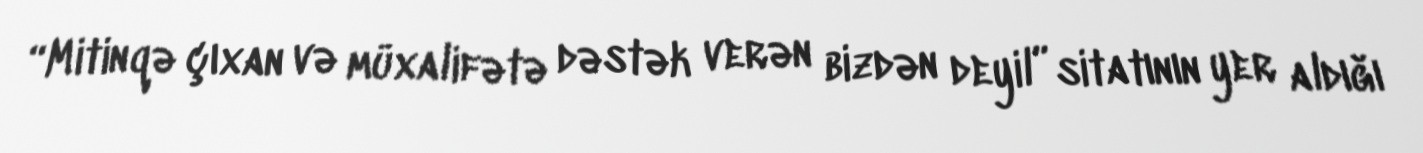
“Mitinqə çıxan və müxalifətə dəstək verən bizdən deyil” sitatının yer aldığı